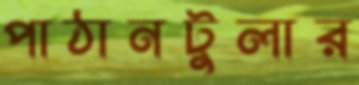
পাঠানটুলার